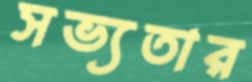
সভ্যতার